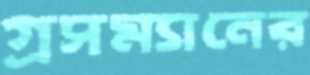
গ্রসম্যানের